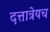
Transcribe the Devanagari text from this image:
दत्तात्रेयच